Leaving Certificate, 1899
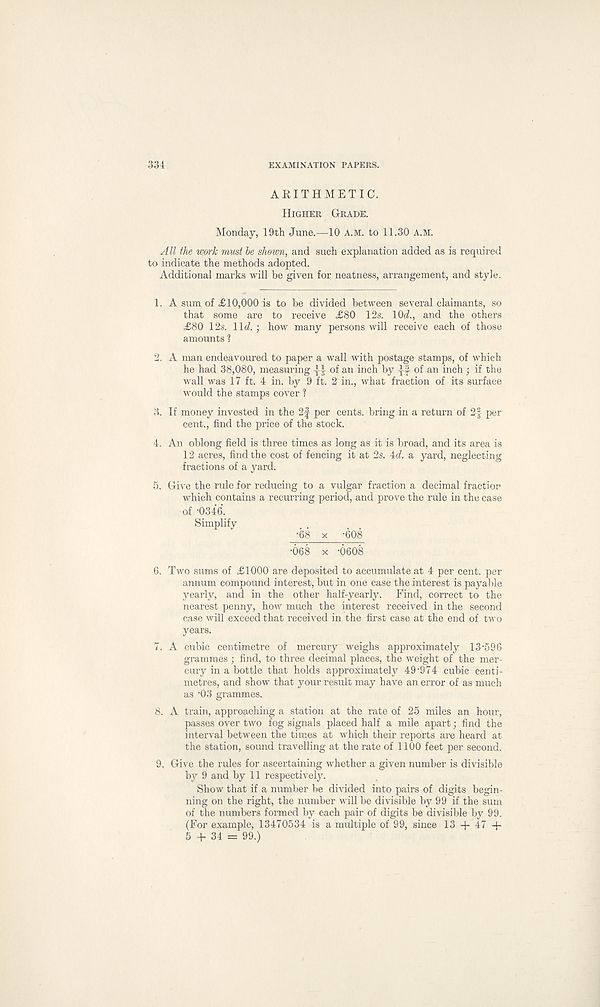
334
EXAMINATION PAPERS.
ARITHMETIC.
Higher Grade.
Monday, 19th June.—10 A.M. to 11.30 A.M.
All the work must he shown, and such explanation added as is required
to indicate the methods adopted.
Additional marks will be given for neatness, arrangement, and style.
1. A sum of £10,000 is to be divided between several claimants, so
that some are to receive £80 12s. 10d., and the others
£80 12s. lid. ; how many persons will receive each of those
amounts ?
2. A man endeavoured to paper a wall with postage stamps, of which
he had 38,080, measuring -}i of an inch by if of an inch ; if the
wall was 17 ft. 4 in. by 9 ft. 2 in., what fraction of its surface
would the stamps cover ?
3. If money invested in the 2f per cents, bring in a return of 2? per
cent., find the price of the stock.
4. An oblong field is three times as long as it is broad, and its area is
12 acres, find the cost of fencing it at 2s. id. a yard, neglecting
fractions of a yard.
5. Give the rule for reducing to a vulgar fraction a decimal fractior
which contains a recurring period, and prove the rule in the case
of -0346.
Simplify
•68 x -608
•068 x -6608
6. Two sums of £1000 are deposited to accumulate at 4 per cent, per
annum compound interest, but in one case the interest is payable
yearly, and in the other half-yearly. Find, correct to the
nearest penny, how much the interest received in the second
case will exceed that received in the first case at the end of two
years.
7. A cubic centimetre of mercury weighs approximately 13-596
grammes ; find, to three decimal places, the weight of the mer-
cury in a bottle that holds approximately 49 - 974 cubic centi-
metres, and show that your result may have an error of as much
as '03 grammes.
8. A train, approaching a station at the rate of 25 miles an hour,
passes over two fog signals placed half a mile apart; find the
interval between the times at which their reports are heard at
the station, sound travelling at the rate of 1100 feet per second.
9. Give the rules for ascertaining whether a given number is divisible
by 9 and by 11 respectively.
Show that if a number be divided into pairs of digits begin-
ning on the right, the number will be divisible by 99 if the sum
of the numbers formed by each pair of digits be divisible by 99.
(For example, 13470534 is a multiple of 99, since 13 + 47 +
5 + 34 = 99.)